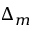
\Delta _ { m }